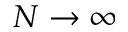
N \to \infty